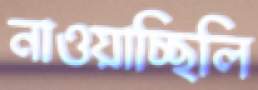
নাওয়াচ্ছিলি